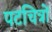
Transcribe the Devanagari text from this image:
पटचित्रों